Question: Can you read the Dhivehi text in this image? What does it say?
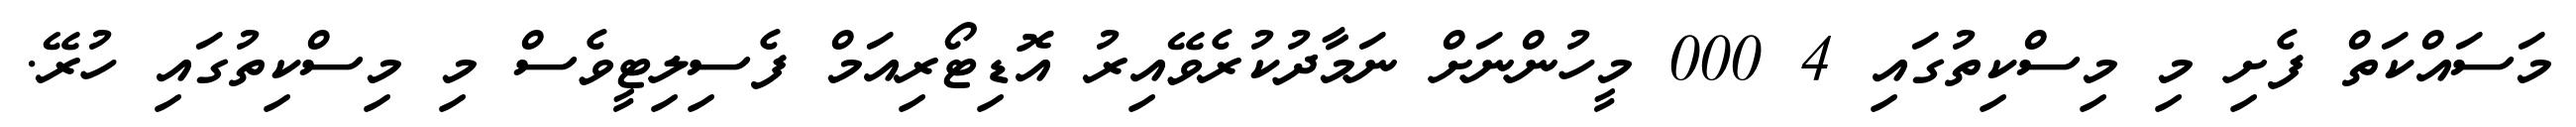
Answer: މަސައްކަތް ފެށި މި މިސްކިތުގައި 4 000 މީހުންނަށް ނަމާދުކުރެވޭއިރު އޮޑިޓޯރިއަމް ފެސިލިޓީވެސް މި މިސްކިތުގައި ހުރޭ.